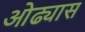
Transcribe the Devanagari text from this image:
ओढ्यास